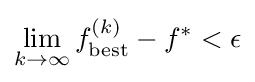
\lim _{k\to \infty }f_{\rm {best}}^{(k)}-f^{*}<\epsilon